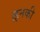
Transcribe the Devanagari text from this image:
।इनकी